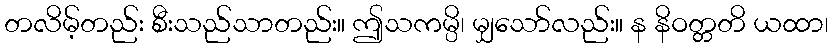
တလိမ့်တည်း စီးသည်သာတည်း။ ဤသကမ္ပိ၊ မျှသော်လည်း။ န နိဝတ္တတိ ယထာ၊